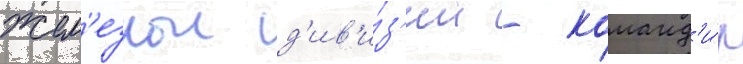
жел'езнои д'ив'и́з'ии - команд'и́р